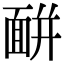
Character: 𩈚